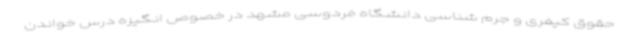
حقوق کیفری و جرم شناسی دانشگاه فردوسی مشهد در خصوص انگیزه درس خواندن